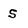
Character: s